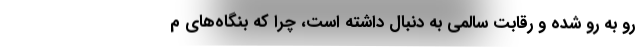
رو به رو شده و رقابت سالمی به دنبال داشته است، چرا که بنگاه‌های م